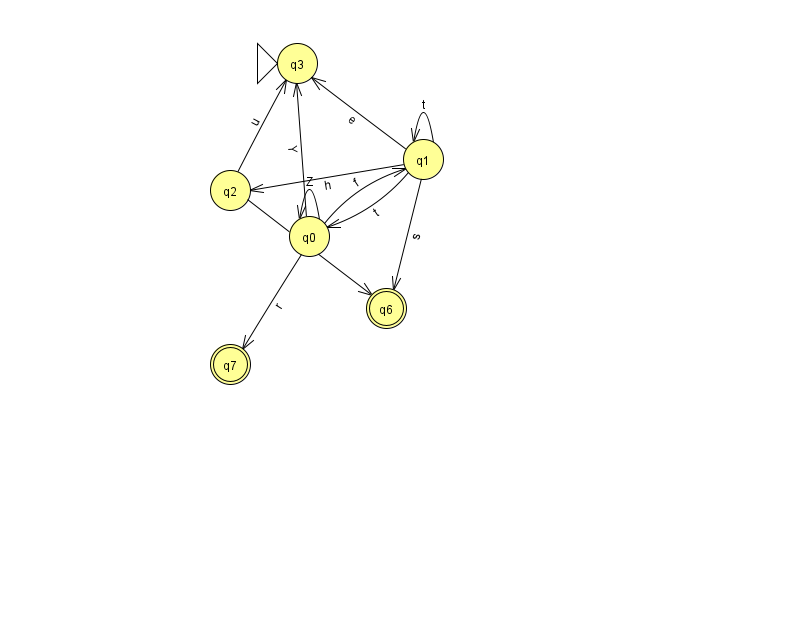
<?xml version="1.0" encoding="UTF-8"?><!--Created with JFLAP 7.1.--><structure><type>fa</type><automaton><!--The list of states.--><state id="0" name="q0"><x>309.0</x><y>223.0</y></state><state id="1" name="q1"><x>423.0</x><y>146.0</y></state><state id="2" name="q2"><x>230.0</x><y>177.0</y></state><state id="3" name="q3"><x>297.0</x><y>50.0</y><initial/></state><state id="6" name="q6"><x>386.0</x><y>295.0</y><final/></state><state id="7" name="q7"><x>230.0</x><y>351.0</y><final/></state><!--The list of transitions.--><transition><from>1</from><to>0</to><read>t</read></transition><transition><from>0</from><to>1</to><read>f</read></transition><transition><from>0</from><to>7</to><read>r</read></transition><transition><from>1</from><to>1</to><read>t</read></transition><transition><from>0</from><to>3</to><read>Y</read></transition><transition><from>1</from><to>6</to><read>s</read></transition><transition><from>0</from><to>0</to><read>Z</read></transition><transition><from>1</from><to>2</to><read>h</read></transition><transition><from>2</from><to>6</to><read>s</read></transition><transition><from>2</from><to>3</to><read>u</read></transition><transition><from>1</from><to>3</to><read>e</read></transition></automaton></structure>